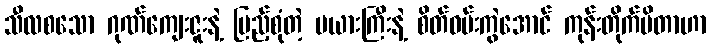
သီလစသော ဂုဏ်ကျေးဇူးနဲ့ ပြည့်စုံတဲ့ မယားကြီးနဲ့ စိတ်ဝမ်းကွဲအောင် ကုန်းတိုက်မိတာဟာ